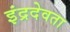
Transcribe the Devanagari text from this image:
इंद्रदेवता